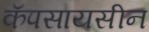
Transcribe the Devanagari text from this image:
कॅपसायसीन